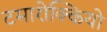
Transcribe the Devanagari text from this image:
टमारोक्कियो